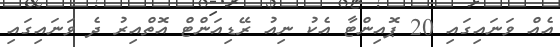
އެއް ވަނައިގައި 20 ޕޮއިންޓާ އެކު ނިއު ރޭޑިއަންޓް އޮތްއިރު ދެ ވަނައިގައި